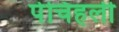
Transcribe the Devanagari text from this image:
पेचिहली